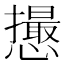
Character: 𢤎